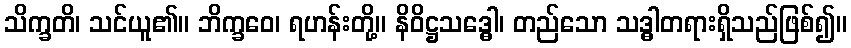
သိက္ခတိ၊ သင်ယူ၏။ ဘိက္ခဝေ၊ ရဟန်းတို့။ နိဝိဋ္ဌသဒ္ဓေါ၊ တည်သော သဒ္ဓါတရားရှိသည်ဖြစ်၍။